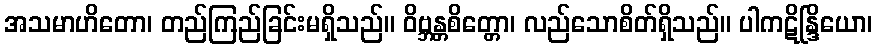
အသမာဟိတော၊ တည်ကြည်ခြင်းမရှိသည်။ ဝိဗ္ဘန္တစိတ္တော၊ လည်သောစိတ်ရှိသည်။ ပါကဋိန္ဒြိယော၊